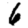
Digit: 6